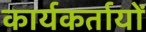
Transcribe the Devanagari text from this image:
कार्यकर्तायों